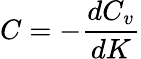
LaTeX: C=-{\frac{dC_{v}}{dK}}